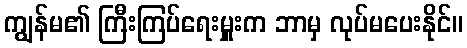
ကျွန်မ၏ ကြီးကြပ်ရေးမှူးက ဘာမှ လုပ်မပေးနိုင်။